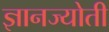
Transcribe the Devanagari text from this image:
ज्ञानज्योती